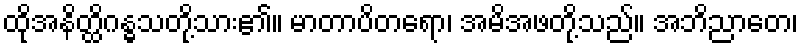
ထိုအနိတ္ထိဂန္ဓသတို့သား၏။ မာတာပိတရော၊ အမိအဖတို့သည်။ အဘိညာတေ၊